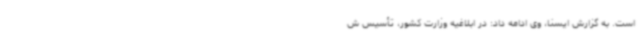
است. به گزارش ایسنا، وی ادامه داد: در ابلاغیه وزارت کشور، تأسیس ش